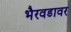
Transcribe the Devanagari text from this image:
भैरवडावर